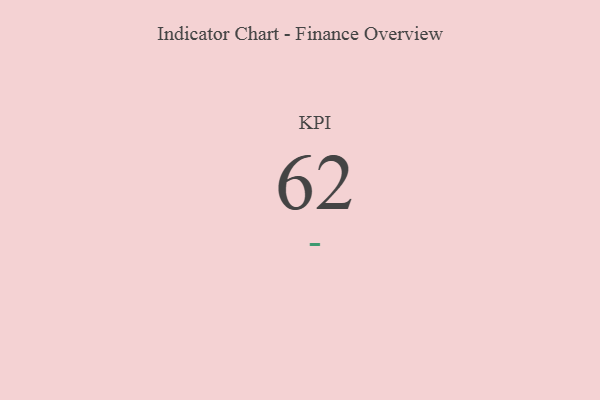
{"axis": {"x": "KPI", "y": "Value"}, "legend": [""], "data": [{"x": "KPI", "y": 62, "type": ""}]}